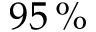
9 5 \, \%